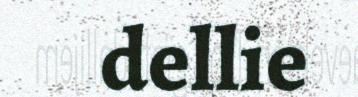
dellie